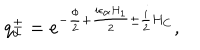
LaTeX: q _ { \alpha } ^ { \pm } = e ^ { - { \frac { \phi } { 2 } } + { \frac { i \epsilon _ { \alpha } H _ { 1 } } { 2 } } \pm { \frac { i } { 2 } } H _ { C } } ,